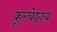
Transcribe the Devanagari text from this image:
क्रूरचेष्टाय